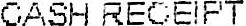
CASH RECEIPT